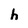
Character: h